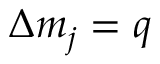
\Delta m _ { j } = q